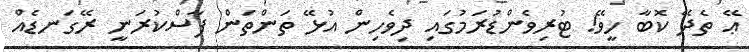
ޢޭ ތެދޭ ކޮބާ ހީވޭ! ޓުރިވެންޑުރަމުގައި ދިވެހިން އުޅޭ ތަަންތަން ފާސްކުރަނީ ރޭގަނޑެއް